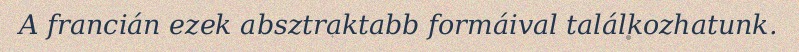
A francián ezek absztraktabb formáival találkozhatunk.